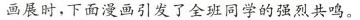
画展时，下面漫画引发了全班同学的强烈共鸣。